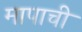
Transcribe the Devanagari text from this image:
मापाची